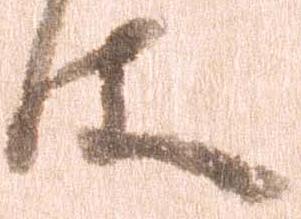
件